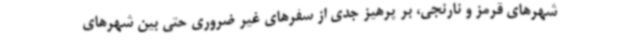
شهرهای قرمز و نارنجی، بر پرهیز جدی از سفرهای غیر ضروری حتی بین شهرهای